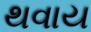
થવાય